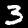
Digit: 3